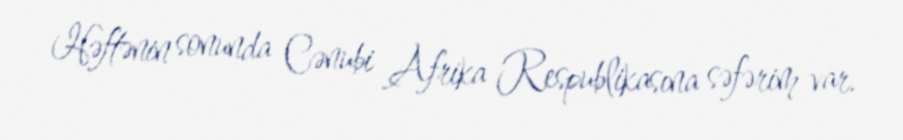
Həftənin sonunda Cənubi Afrika Respublikasına səfərim var.